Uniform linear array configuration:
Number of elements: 16
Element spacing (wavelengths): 1
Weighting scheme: blackman
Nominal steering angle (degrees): -30
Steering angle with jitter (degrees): -29.45
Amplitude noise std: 0.05
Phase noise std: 0.05

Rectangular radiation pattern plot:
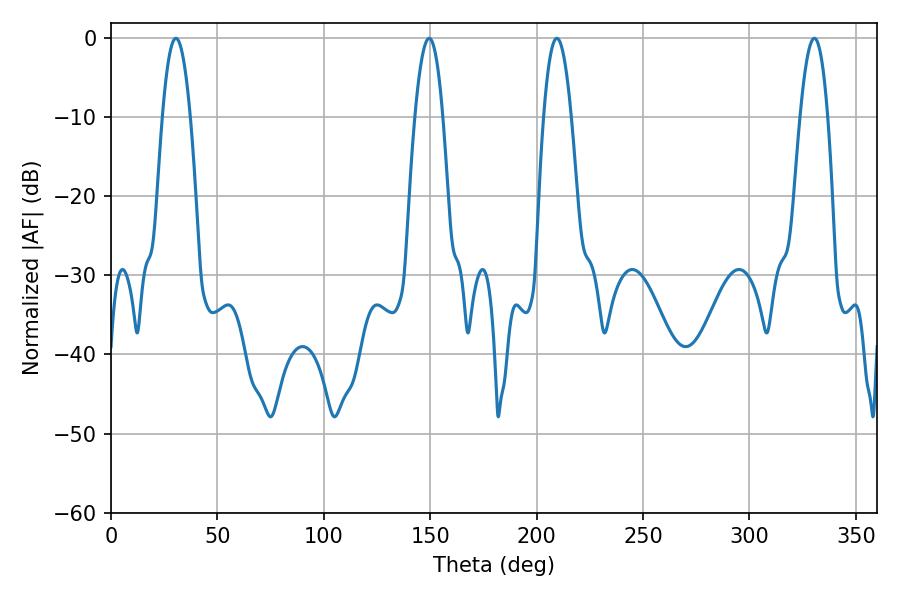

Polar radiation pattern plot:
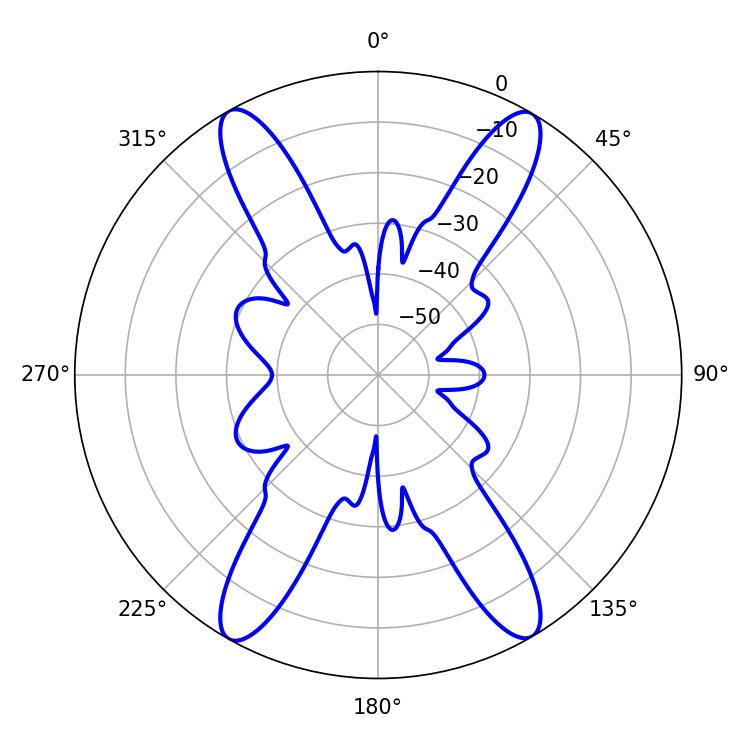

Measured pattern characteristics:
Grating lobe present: TRUE
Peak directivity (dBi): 26.587
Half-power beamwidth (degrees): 7.02
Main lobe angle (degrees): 209.52